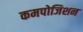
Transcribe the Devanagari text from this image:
कमपोजिशन